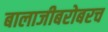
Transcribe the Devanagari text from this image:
बालाजीबरोबरच